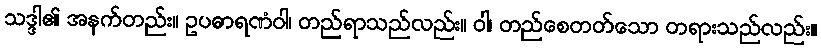
သဒ္ဒါ၏ အနက်တည်း။ ဥပဓာရဏံဝါ၊ တည်ရာသည်လည်း။ ဝါ၊ တည်စေတတ်သော တရားသည်လည်း။